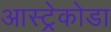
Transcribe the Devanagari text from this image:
आस्ट्रेकोडा